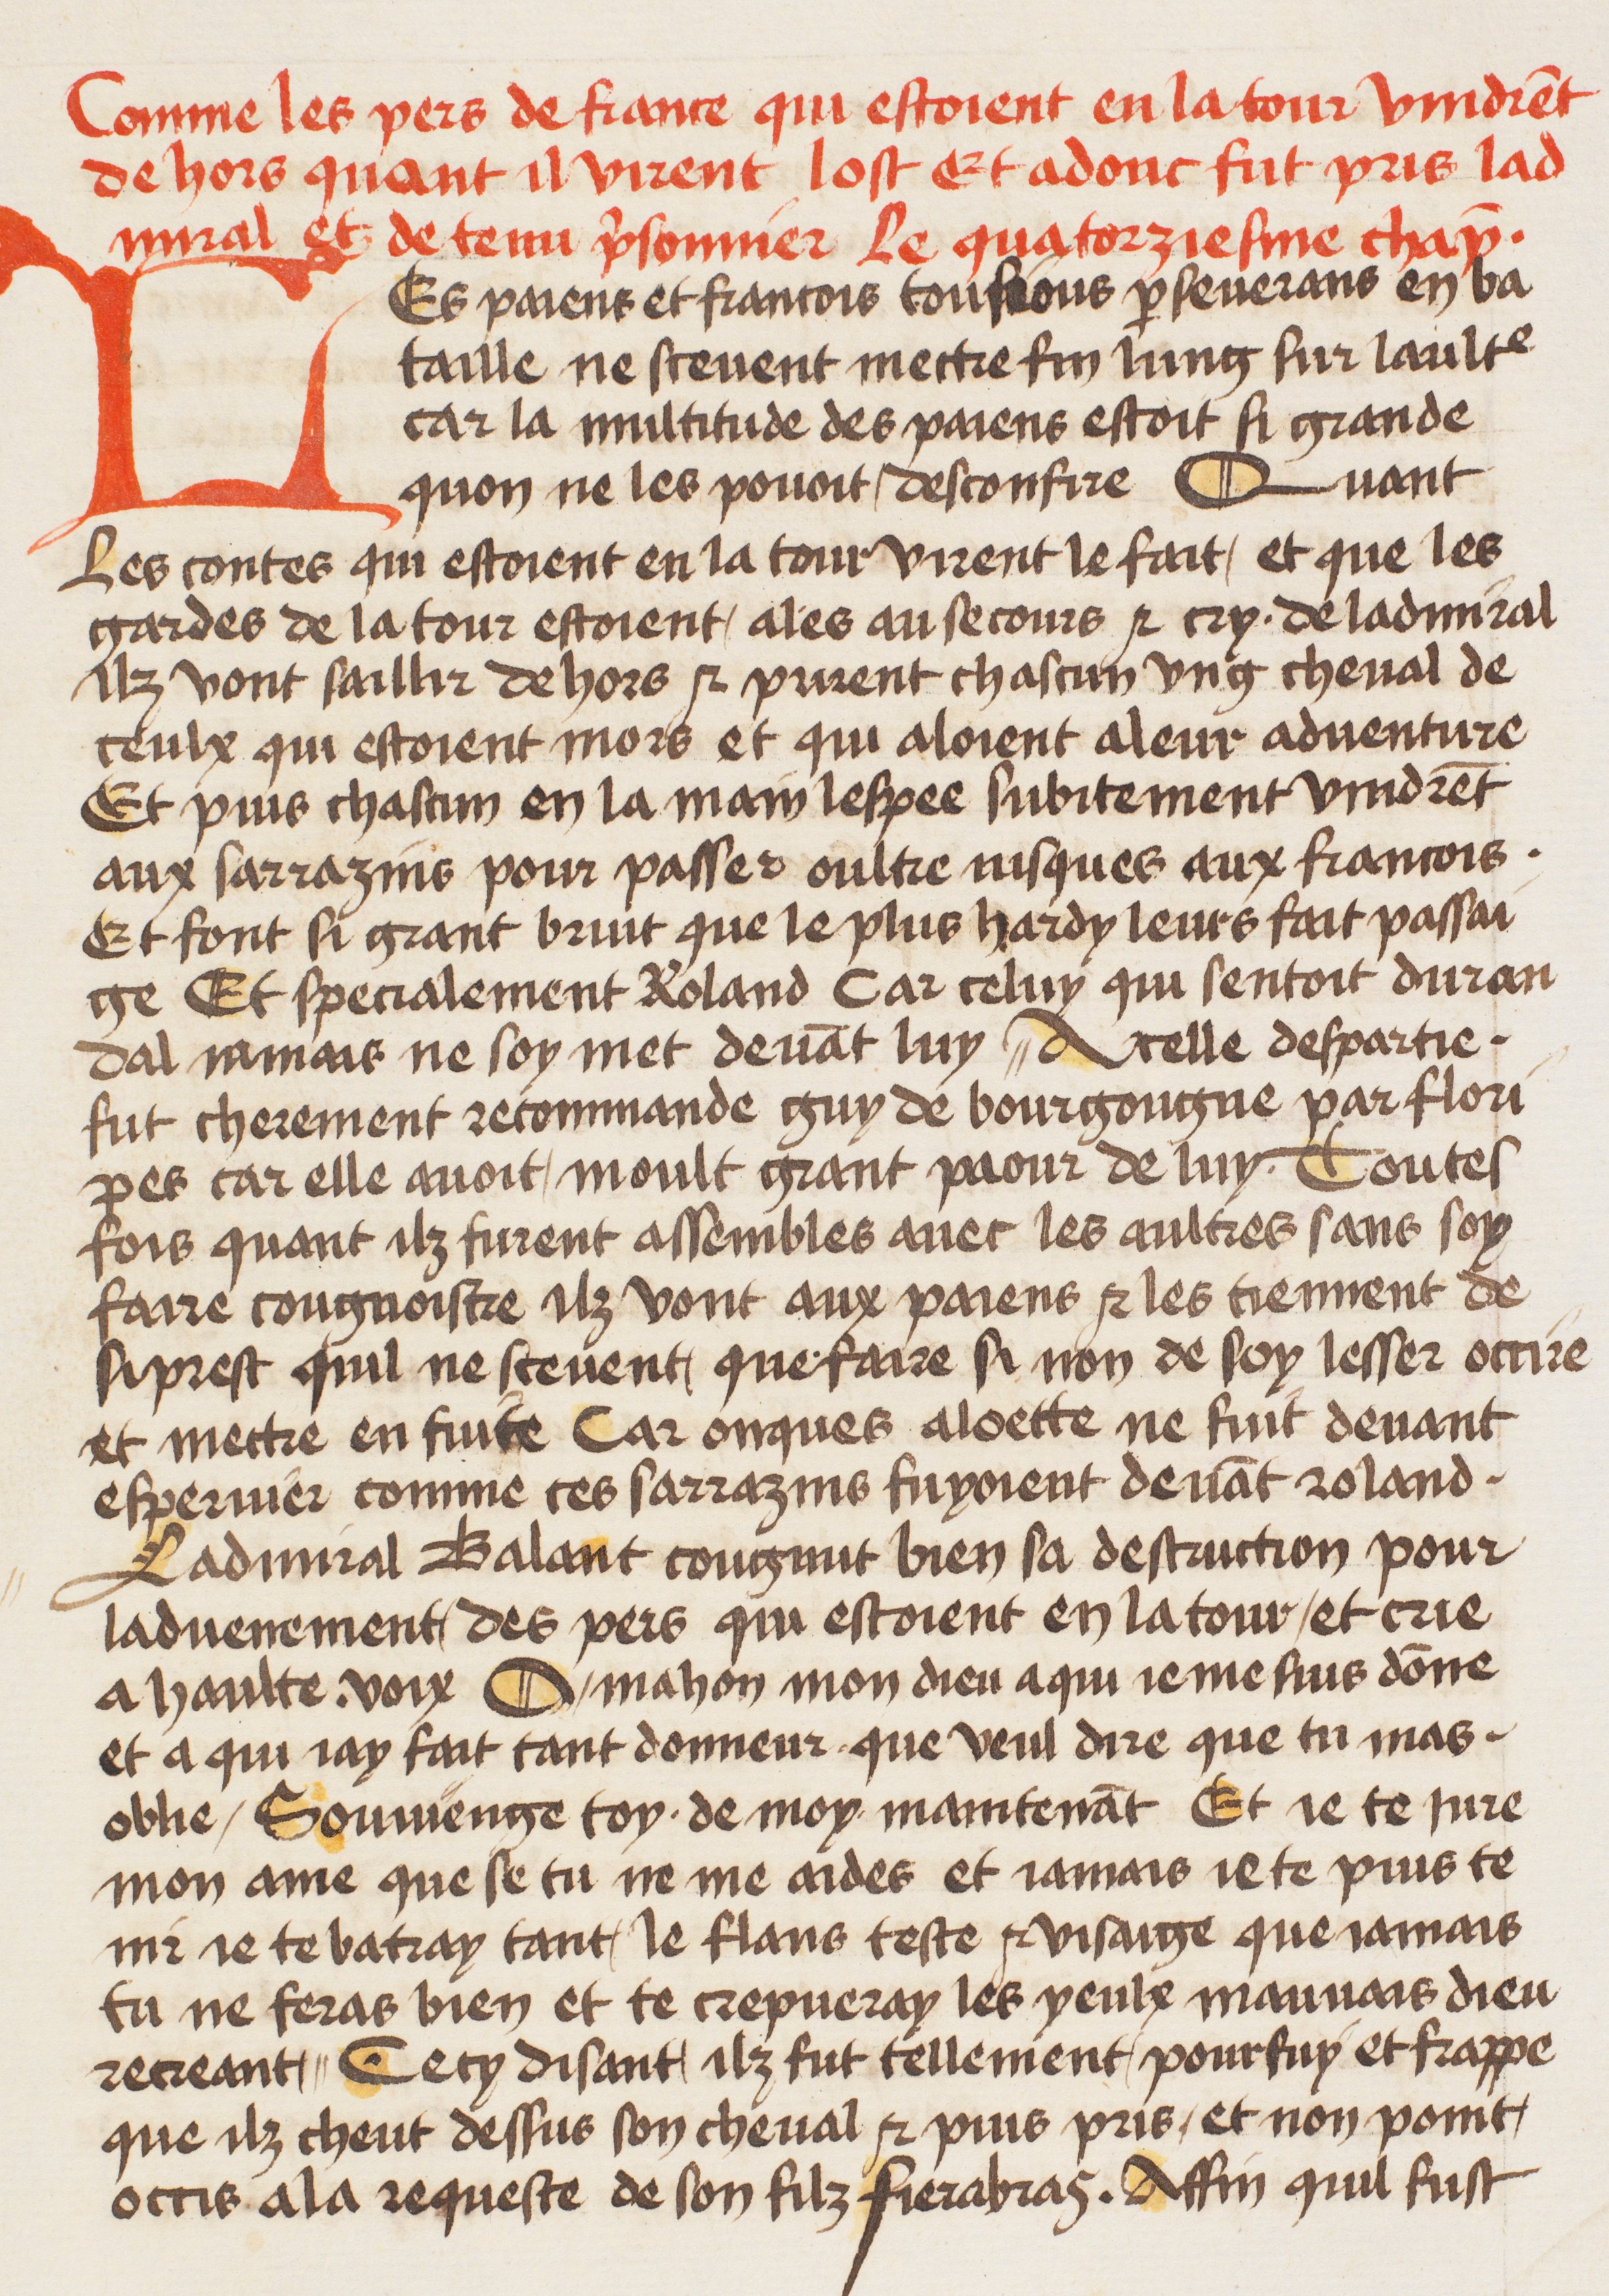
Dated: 1400–1499